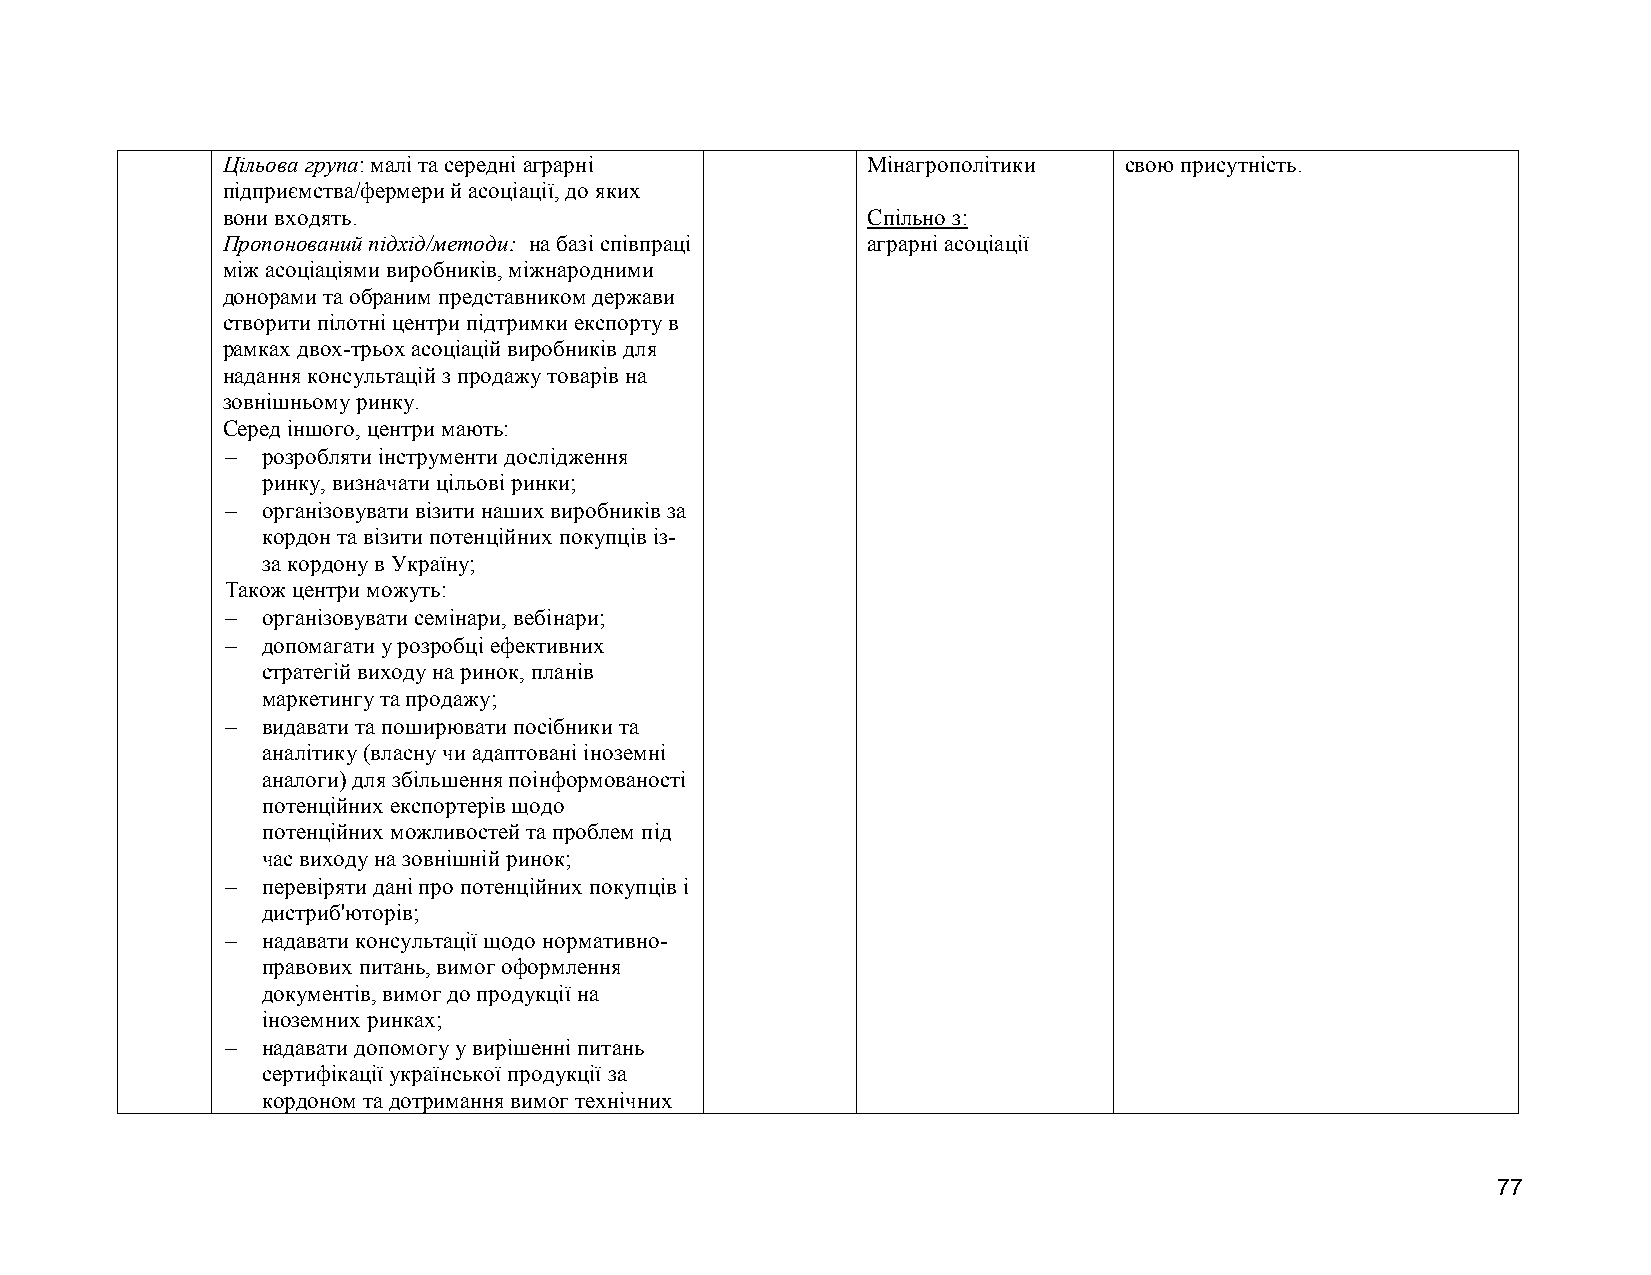
Цільова група: малі та середні аграрні    Мінагрополітики  свою присутність.
 підприємства/фермери й асоціації, до яких
 вони входять.                             Спільно з:
 Пропонований підхід/методи: на базі співпраці аграрні асоціації
 між асоціаціями виробників, міжнародними
 донорами та обраним представником держави
 створити пілотні центри підтримки експорту в
 рамках двох-трьох асоціацій виробників для
 надання консультацій з продажу товарів на
 зовнішньому ринку.
 Серед іншого, центри мають:
  розробляти інструменти дослідження
 ринку, визначати цільові ринки;
  організовувати візити наших виробників за
 кордон та візити потенційних покупців із-
 за кордону в Україну;
 Також центри можуть:
  організовувати семінари, вебінари;
  допомагати у розробці ефективних
 стратегій виходу на ринок, планів
 маркетингу та продажу;
  видавати та поширювати посібники та
 аналітику (власну чи адаптовані іноземні
 аналоги) для збільшення поінформованості
 потенційних експортерів щодо
 потенційних можливостей та проблем під
 час виходу на зовнішній ринок;
  перевіряти дані про потенційних покупців і
 дистриб'юторів;
  надавати консультації щодо нормативно-
 правових питань, вимог оформлення
 документів, вимог до продукції на
 іноземних ринках;
  надавати допомогу у вирішенні питань
 сертифікації української продукції за
 кордоном та дотримання вимог технічних
 77